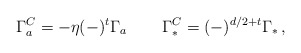
\begin{align*}\Gamma^C_a= -\eta (-)^t \Gamma _a\,\qquad \Gamma _*^C=(-)^{d/2+t}\Gamma _*\,,\end{align*}